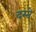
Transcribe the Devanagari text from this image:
दस्‍ते